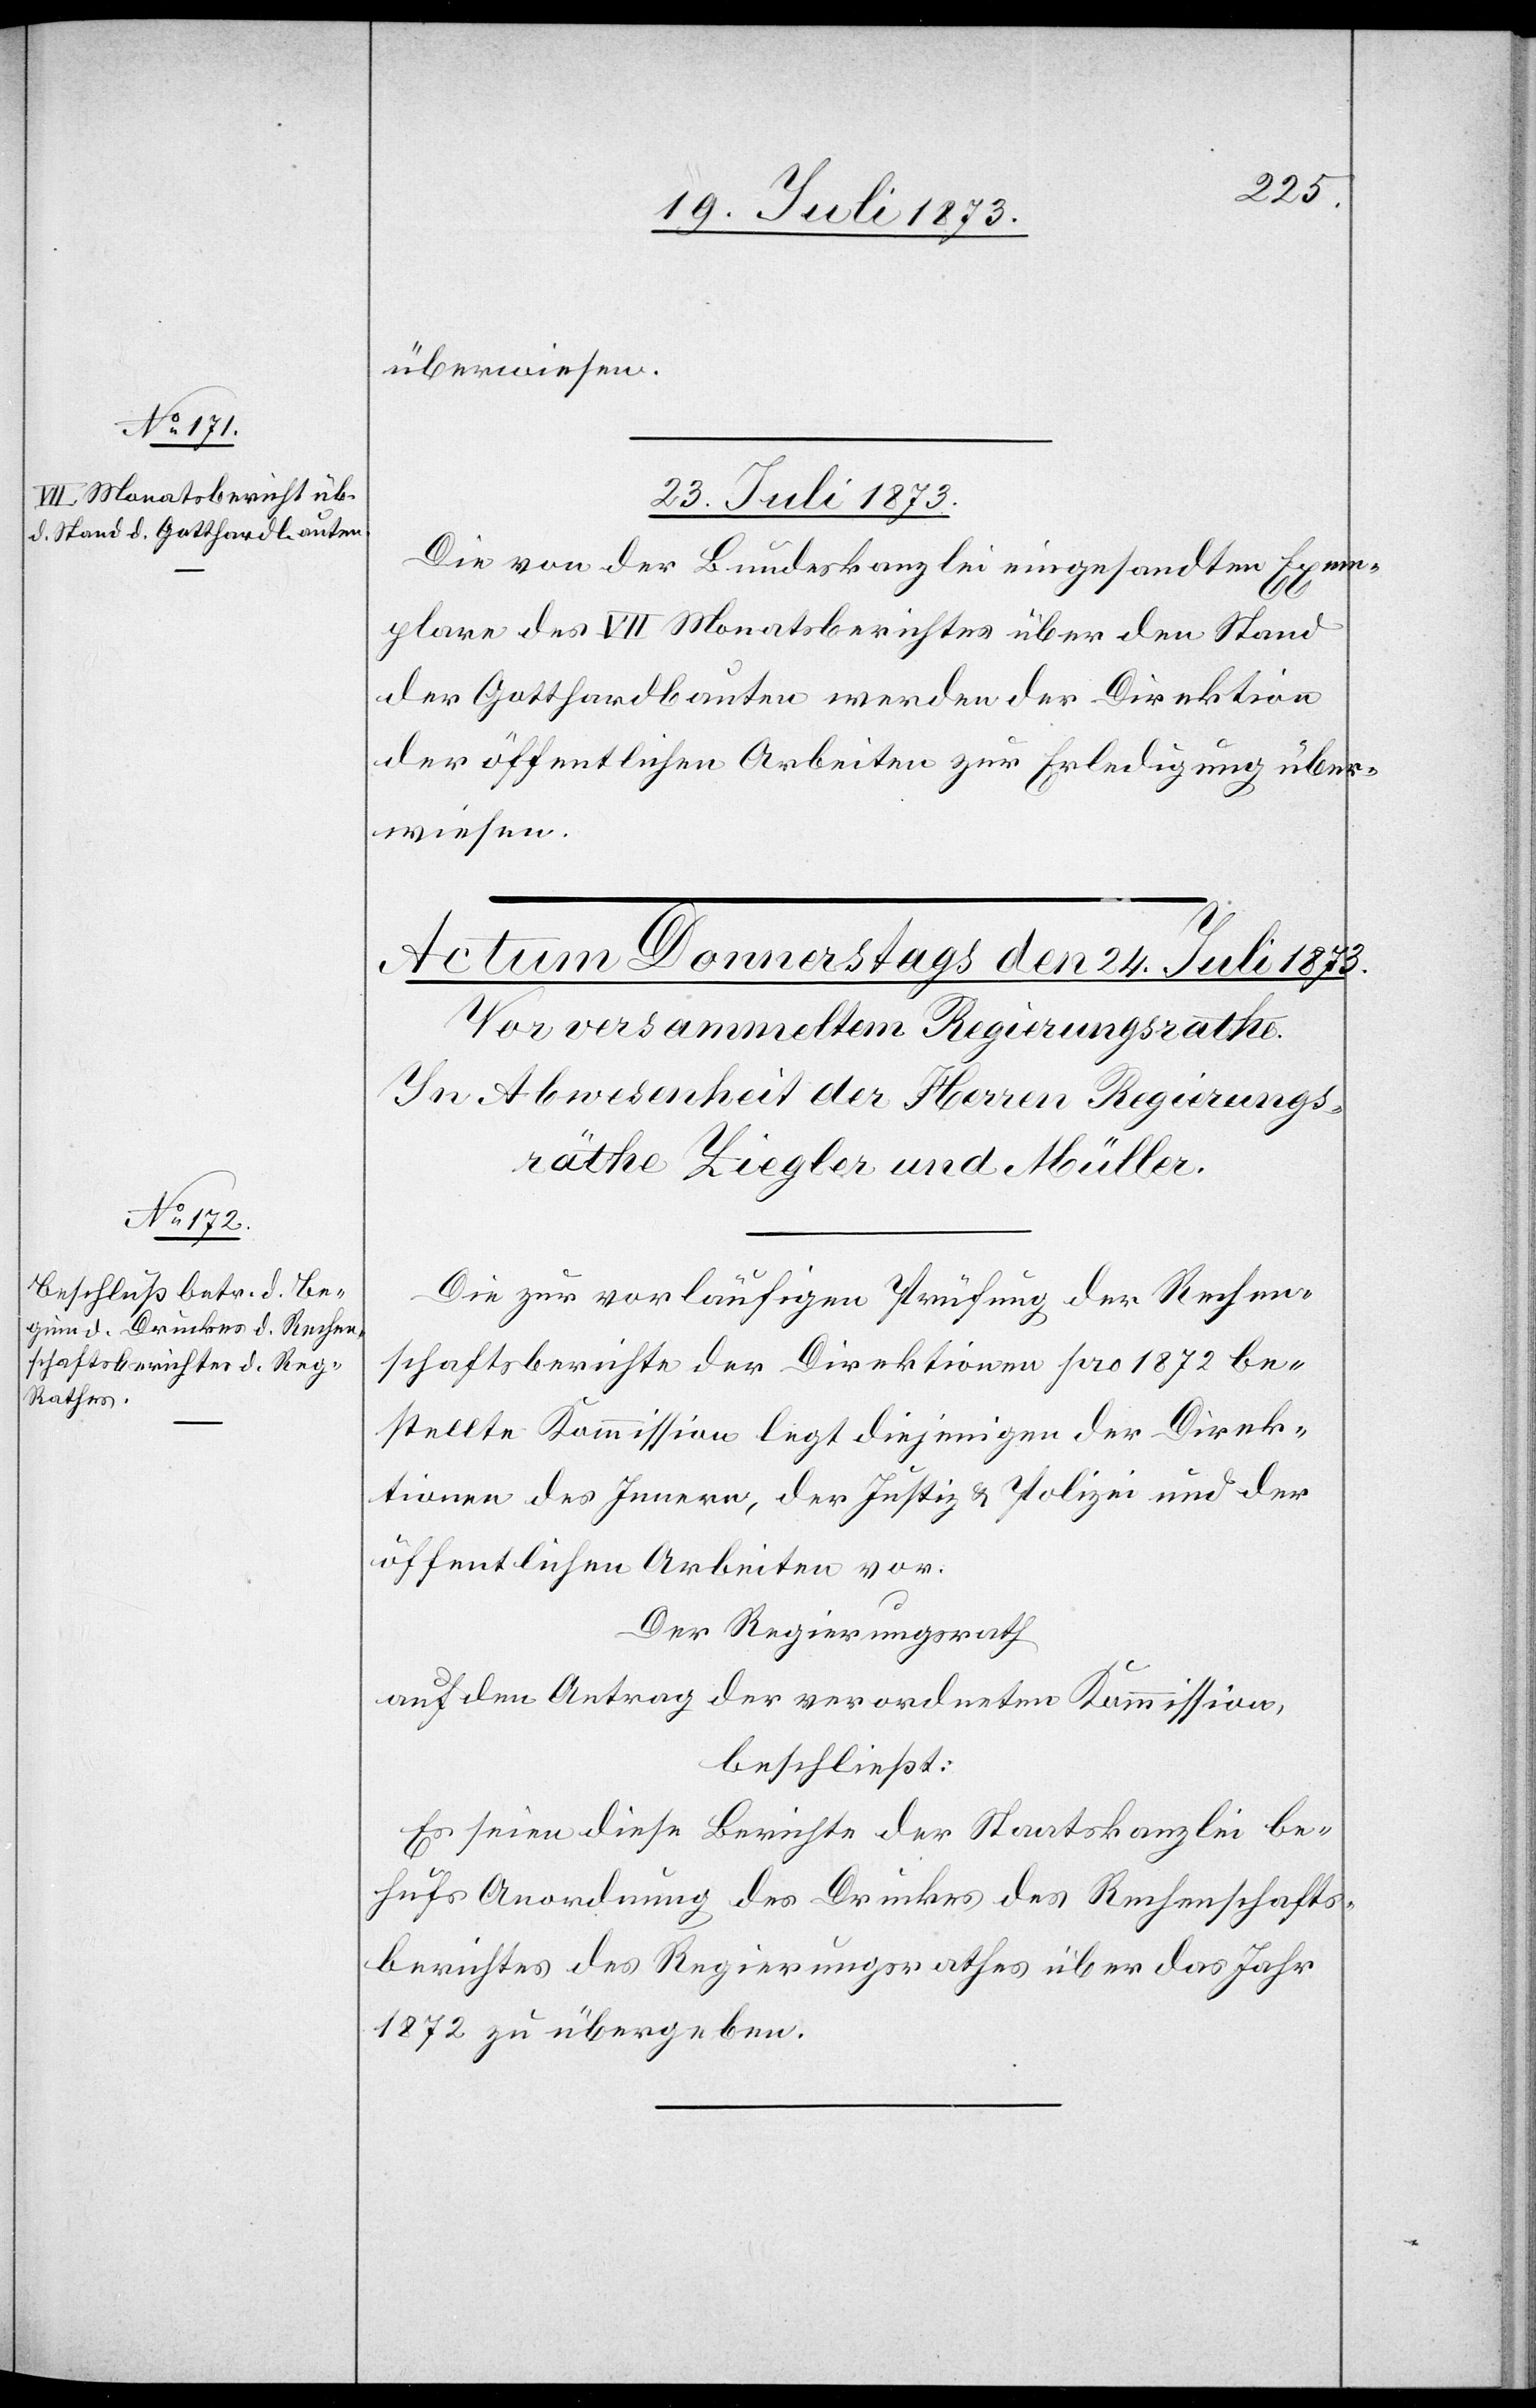
überwiesen.
23. Juli 1873.
Die von der Bundeskanzlei eingesandten Exem¬
plare des VII Monatsberichtes über den Stand
der Gotthardbauten werden der Direktion
der öffentlichen Arbeiten zur Erledigung über¬
wiesen.
Die zur vorläufigen Prüfung der Rechen¬
schaftsberichte der Direktionen pro 1872 be¬
stellte Kommission legt diejenigen der Direk¬
tionen des Innern, der Justiz & Polizei und der
öffentlichen Arbeiten vor.
Der Regierungsrath
auf den Antrag der verordneten Kommission,
beschließt:
Es seien diese Berichte der Staatskanzlei be¬
hufs Anordnung des Druckes des Rechenschafts¬
berichtes des Regierungsrathes über das Jahr
1872 zu übergeben.